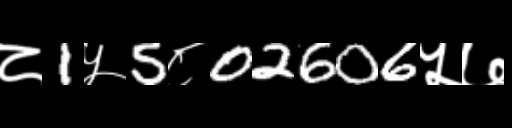
Text: ८1५5८02606५७